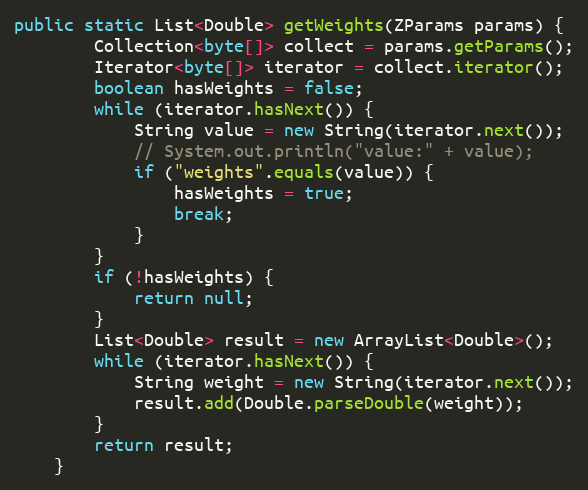
Language: Java
public static List<Double> getWeights(ZParams params) {
		Collection<byte[]> collect = params.getParams();
		Iterator<byte[]> iterator = collect.iterator();
		boolean hasWeights = false;
		while (iterator.hasNext()) {
			String value = new String(iterator.next());
			// System.out.println("value:" + value);
			if ("weights".equals(value)) {
				hasWeights = true;
				break;
			}
		}
		if (!hasWeights) {
			return null;
		}
		List<Double> result = new ArrayList<Double>();
		while (iterator.hasNext()) {
			String weight = new String(iterator.next());
			result.add(Double.parseDouble(weight));
		}
		return result;
	}